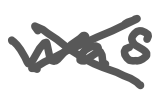
Text: was
Cross-out: cross
Writing tool: digital_gray